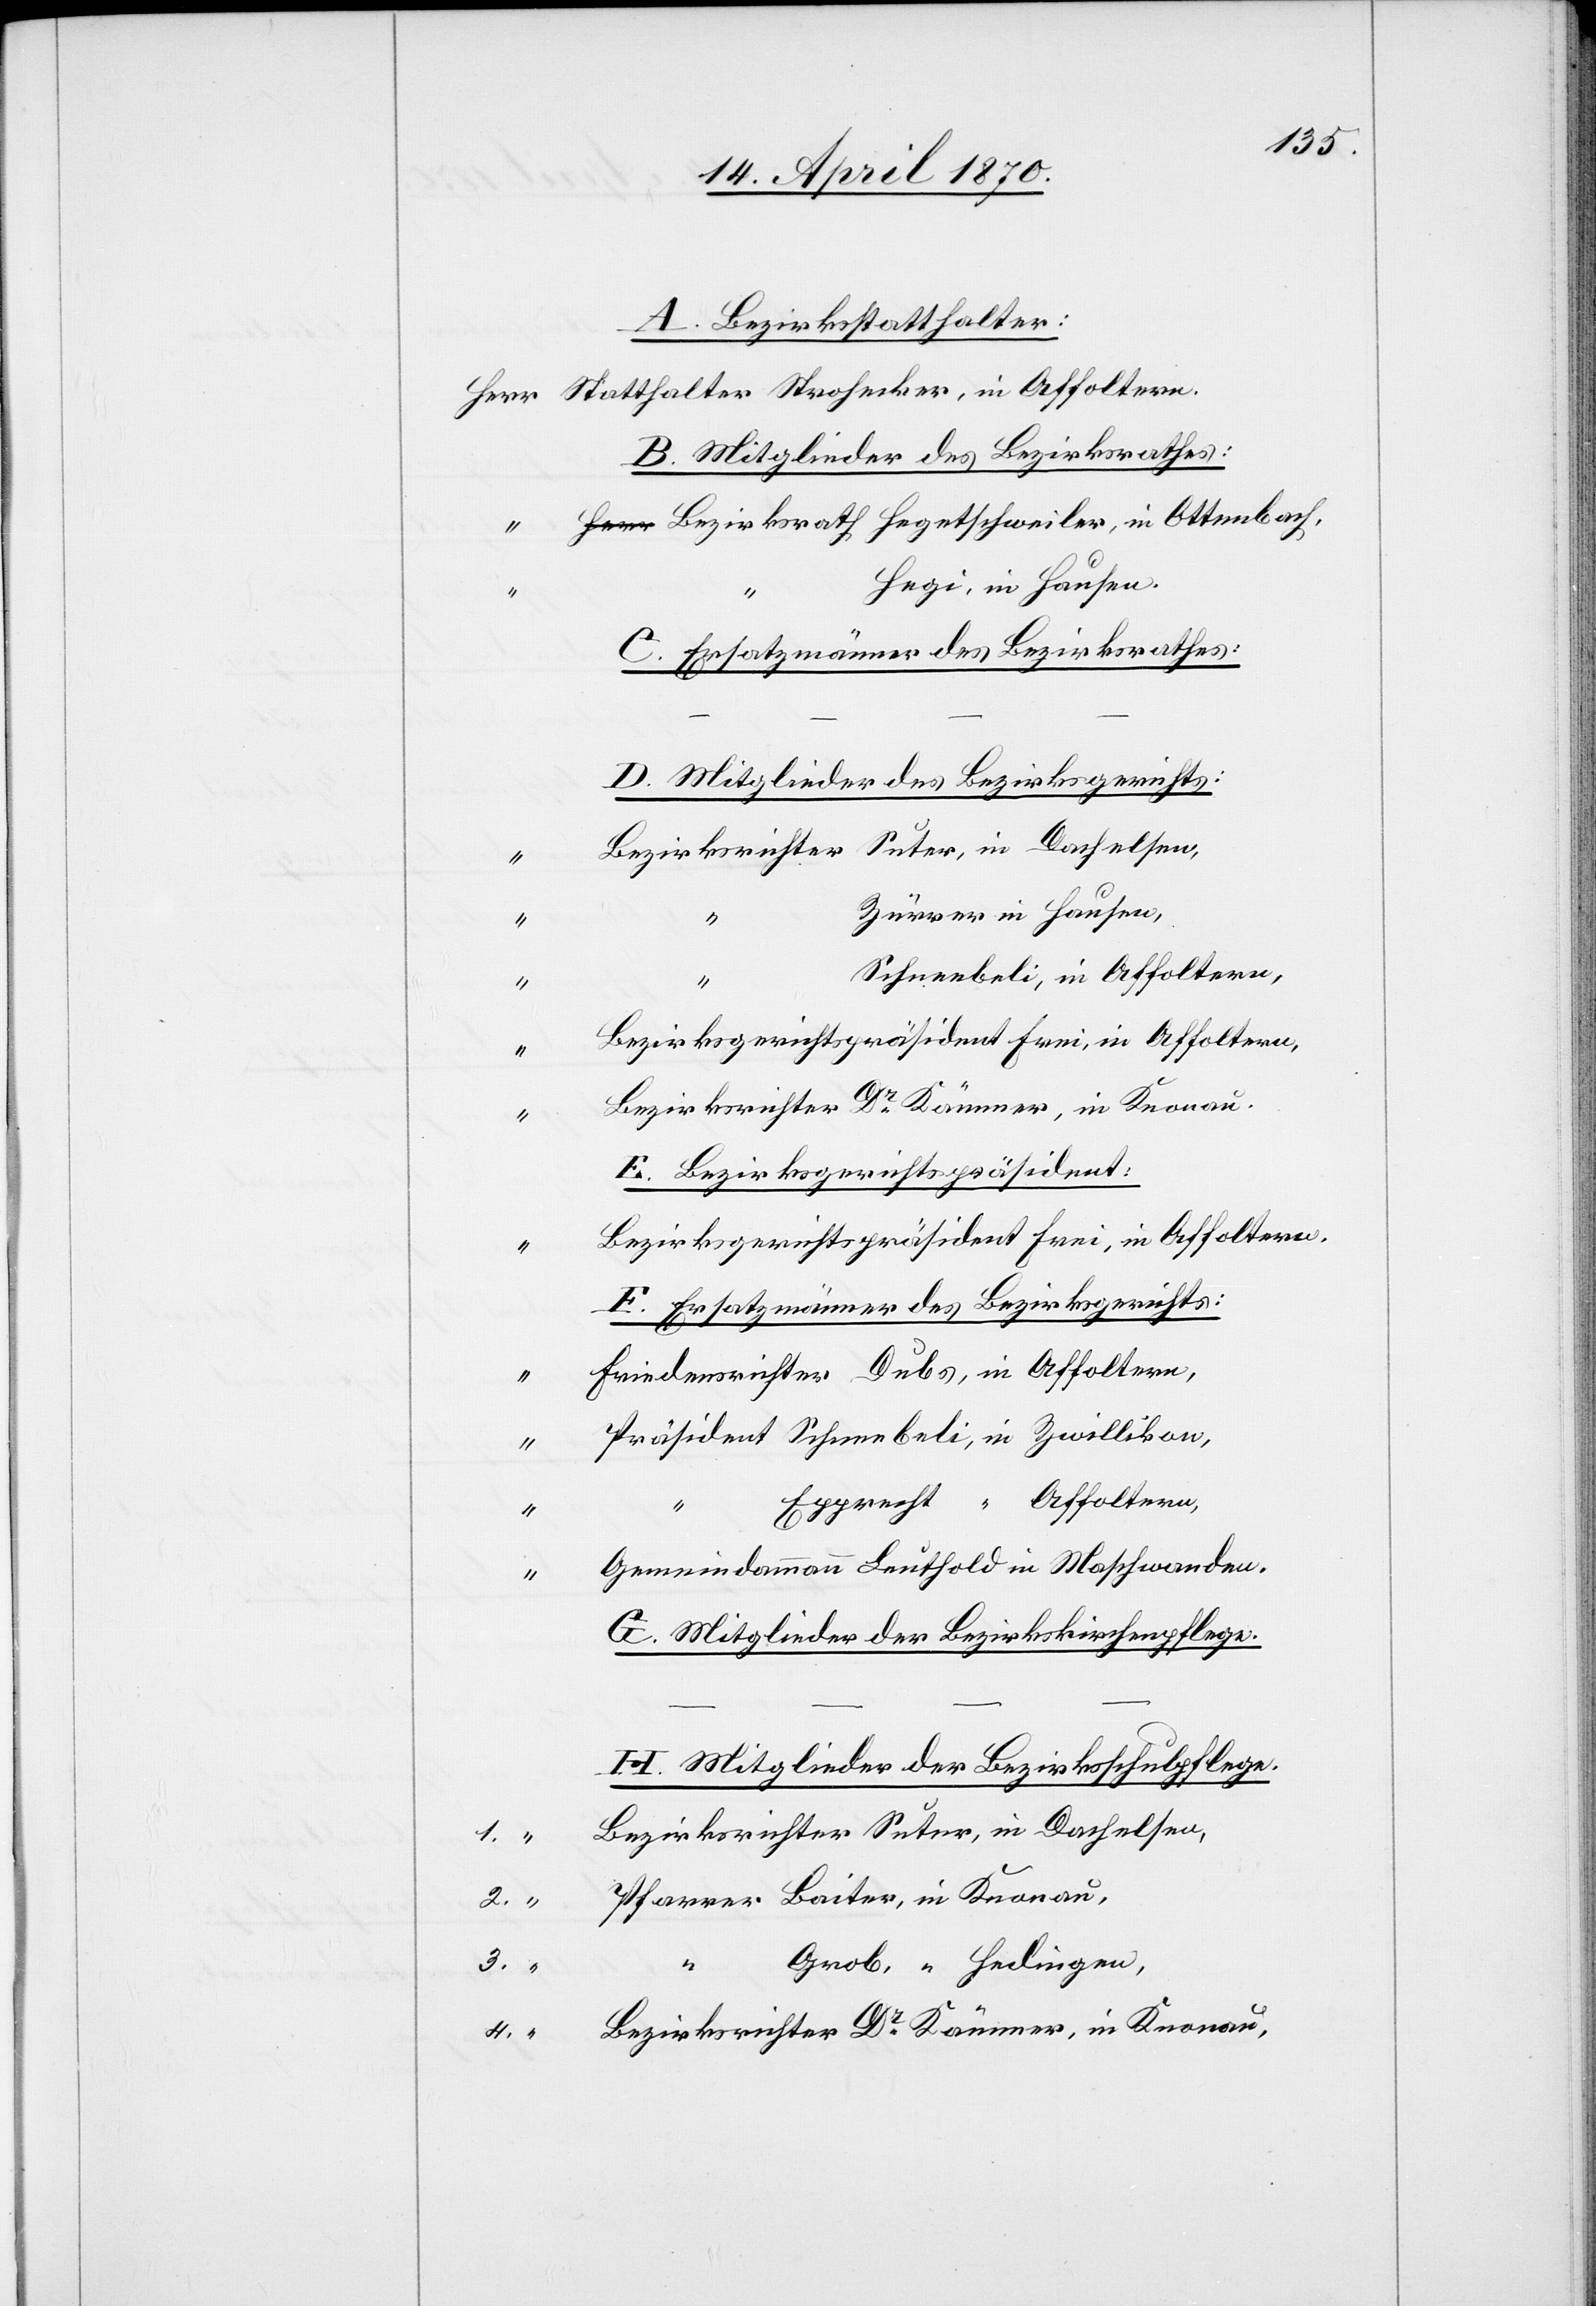
A. Bezirksstatthalter:
B. Mitglieder des Bezirksrathes:
Bezirksrath Hegetschweiler, in Ottenbach,
Hegi, in Hausen.
C. Ersatzmänner des Bezirksrathes:
D. Mitglieder des Bezirksgerichts:
Bezirksrichter Suter, in Dachelsen,
Zürrer in Hausen,
Schneebeli, in Affoltern,
1.
Bezirksgerichtspräsident Frei, in Affoltern,
Bezirksrichter Dr Kämmer, in Knonau.
E. Bezirksgerichtspräsident:
Bezirksgerichtspräsident Frei, in Affoltern.
F. Ersatzmänner des Bezirksgerichts:
Friedensrichter Dubs, in Affoltern,
Präsident Schneebeli, in Zwillikon,
Epprecht, “ Affoltern,
“
Gemeindammann Leuthold in Maschwanden.
G. Mitglieder der Bezirkskirchenpflege.
H. Mitglieder der Bezirksschulpflege.
Pfarrer Baiter, in Knonau,
Grob, “ Hedingen,
4.
Bezirksrichter Dr Kämmer, in Knonau,